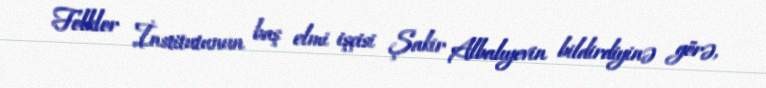
Folklor İnstitutunun baş elmi işçisi Şakir Albalıyevin bildirdiyinə görə,